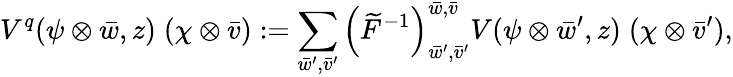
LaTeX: V^{q}(\psi\otimes\bar{w},z)\; (\chi\otimes\bar{v}):=\sum_{\bar{w}^{\prime},\bar{v}^{\prime}}\left(\widetilde{F}^{-1}\right)_{\bar{w}^{\prime},\bar{v}^{\prime}}^{\bar{w},\bar{v}}V(\psi\otimes\bar{w}^{\prime},z)\; (\chi\otimes\bar{v}^{\prime}),